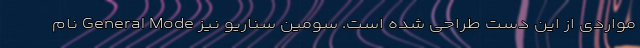
مواردی از این دست طراحی شده است. سومین سناریو نیز General Mode نام